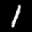
Label: 1